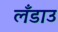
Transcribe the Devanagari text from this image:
लँडाउ